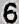
6